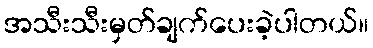
အသီးသီးမှတ်ချက်ပေးခဲ့ပါတယ်။